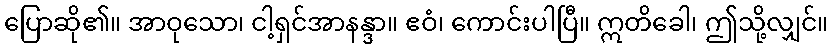
ပြောဆို၏။ အာဝုသော၊ ငါ့ရှင်အာနန္ဒာ။ ဧဝံ၊ ကောင်းပါပြီ။ ဣတိခေါ၊ ဤသို့လျှင်။